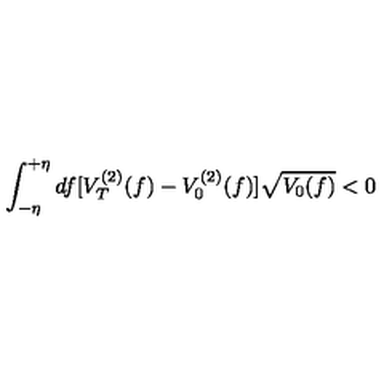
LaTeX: \int _ { - \eta } ^ { + \eta } d f [ V _ { T } ^ { ( 2 ) } ( f ) - V _ { 0 } ^ { ( 2 ) } ( f ) ] \sqrt { V _ { 0 } ( f ) } < 0